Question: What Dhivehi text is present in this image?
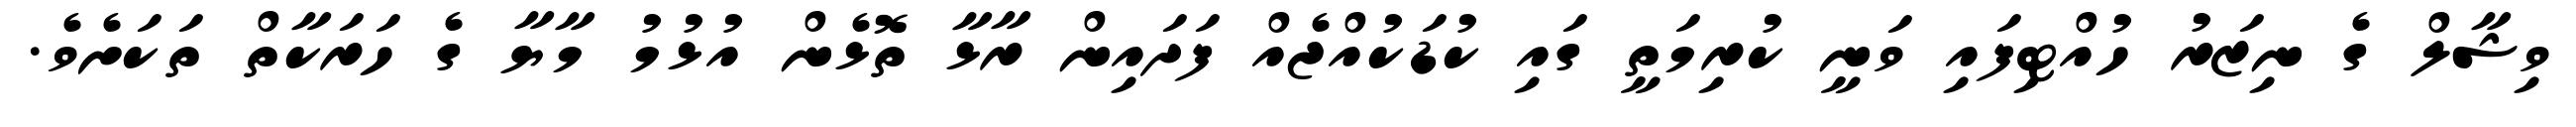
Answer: ވިޝާލް ގެ ނިޒަރު ހުއްޓިފައި ވަނީ ކުރިމަތީ ގައި ކުޑަކުއްޖެއް ފަދައިން ރާޅާ ތޮޅެން އުޅުމު މާޔާ ގެ ހަރަކާތް ތަކަށެވެ.